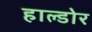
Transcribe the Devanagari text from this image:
हाल्डोर